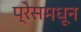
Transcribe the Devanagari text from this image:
प्रेसमधून